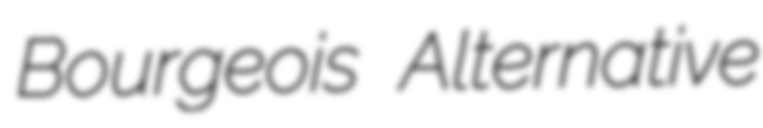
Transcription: Bourgeois Alternative